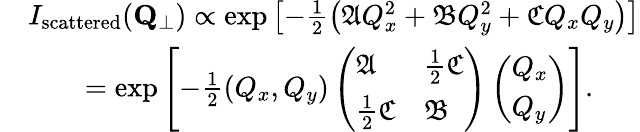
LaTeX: \begin{array}{rl}&{I_{\textrm{scattered}}(\mathbf{Q}_{\perp})\propto\exp\left[-\frac{1}{2}\left(\mathfrak{A}Q_{x}^{2}+\mathfrak{B}Q_{y}^{2}+\mathfrak{C}Q_{x}Q_{y}\right)\right]}\\ &{\quad\quad=\exp\left[-\frac{1}{2}(Q_{x},Q_{y})\left(\begin{array}{ll}{\mathfrak{A}}&{\frac{1}{2}\mathfrak{C}}\\ {\frac{1}{2}\mathfrak{C}}&{\mathfrak{B}}\end{array}\right)\left(\begin{array}{l}{Q_{x}}\\ {Q_{y}}\end{array}\right)\right].\quad}\end{array}